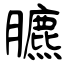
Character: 臕